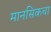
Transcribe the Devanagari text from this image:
मानसिकचा